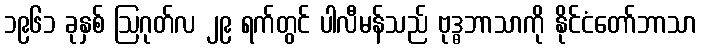
၁၉၆၁ ခုနှစ် ဩဂုတ်လ ၂၉ ရက်တွင် ပါလီမန်သည် ဗုဒ္ဓဘာသာကို နိုင်ငံတော်ဘာသာ